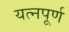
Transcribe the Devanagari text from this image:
यत्नपूर्ण